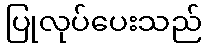
ပြုလုပ်ပေးသည်